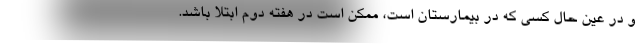
و در عین حال کسی که در بیمارستان است، ممکن است در هفته دوم ابتلا باشد.